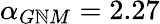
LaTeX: \alpha_{G\mathbb{N}M}=2.27